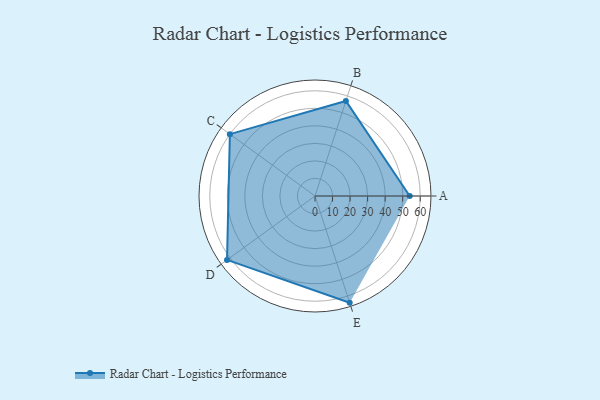
{"axis": {"x": "Skill", "y": "Score"}, "legend": ["Profile"], "data": [{"x": "A", "y": 54.0, "type": "Profile"}, {"x": "B", "y": 57.0, "type": "Profile"}, {"x": "C", "y": 60.0, "type": "Profile"}, {"x": "D", "y": 62.0, "type": "Profile"}, {"x": "E", "y": 64.0, "type": "Profile"}]}